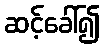
ဆင့်ခေါ်၍